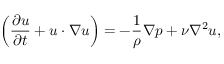
\left( \frac { \partial \boldsymbol { u } } { \partial t } + \boldsymbol { u } \cdot \nabla \boldsymbol { u } \right) = - \frac { 1 } { \rho } \nabla p + \nu \nabla ^ { 2 } \boldsymbol { u } ,